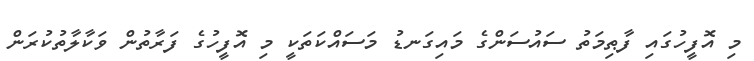
މި އޮފީހުގައި ފާޠިމަތު ސައުސަންގެ މައިގަނޑު މަސައްކަތަކީ މި އޮފީހުގެ ފަރާތުން ވަކާލާތުކުރަން